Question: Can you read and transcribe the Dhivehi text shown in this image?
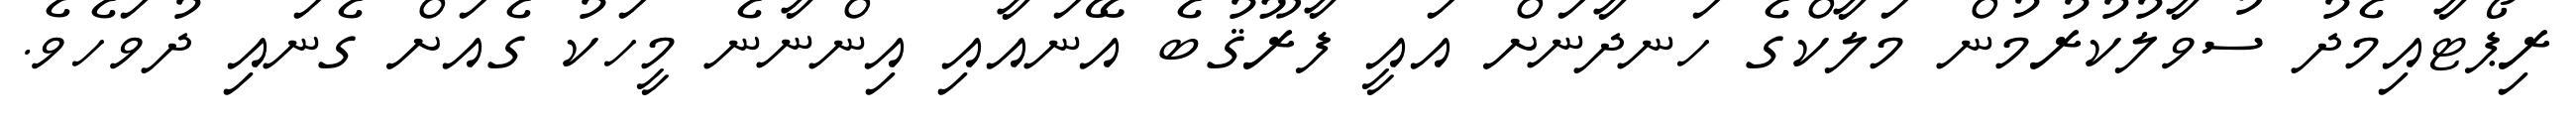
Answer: ރިޕޯޓާއިމެދު ސުވާލުކުރުމުން މަލާކްގެ ހަނދާނަށް އައީ ފާރޫޤުބެ އޭނައާއި އިންނާނެ މީހަކު ގެއަށް ގެނައި ދުވަހެވެ.